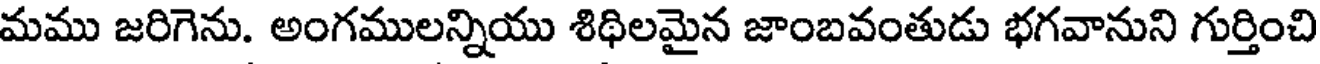
మము జరిగెను. అంగములన్నియు శిథిలమైన జాంబవంతుడు భగవానుని గుర్తించి